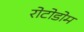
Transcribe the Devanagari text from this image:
रोटोडोम